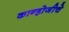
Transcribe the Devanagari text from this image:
कान्होजीचे